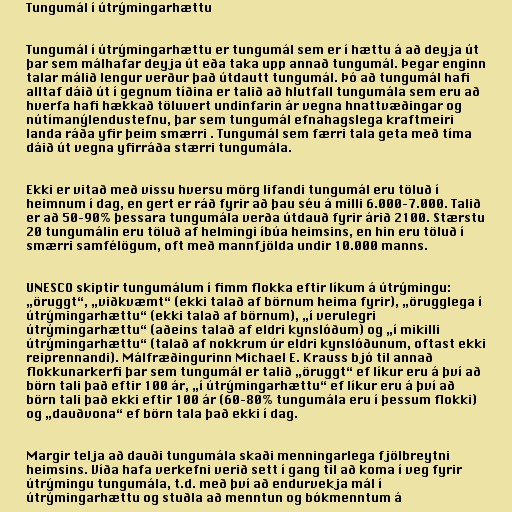
Tungumál í útrýmingarhættu

Tungumál í útrýmingarhættu er tungumál sem er í hættu á að deyja út
þar sem málhafar deyja út eða taka upp annað tungumál. Þegar enginn
talar málið lengur verður það útdautt tungumál. Þó að tungumál hafi
alltaf dáið út í gegnum tíðina er talið að hlutfall tungumála sem eru að
hverfa hafi hækkað töluvert undinfarin ár vegna hnattvæðingar og
nútímanýlendustefnu, þar sem tungumál efnahagslega kraftmeiri
landa ráða yfir þeim smærri . Tungumál sem færri tala geta með tíma
dáið út vegna yfirráða stærri tungumála.

Ekki er vitað með vissu hversu mörg lifandi tungumál eru töluð í
heimnum í dag, en gert er ráð fyrir að þau séu á milli 6.000–7.000. Talið
er að 50–90% þessara tungumála verða útdauð fyrir árið 2100. Stærstu
20 tungumálin eru töluð af helmingi íbúa heimsins, en hin eru töluð í
smærri samfélögum, oft með mannfjölda undir 10.000 manns.

UNESCO skiptir tungumálum í fimm flokka eftir líkum á útrýmingu:
„öruggt“, „viðkvæmt“ (ekki talað af börnum heima fyrir), „örugglega í
útrýmingarhættu“ (ekki talað af börnum), „í verulegri
útrýmingarhættu“ (aðeins talað af eldri kynslóðum) og „í mikilli
útrýmingarhættu“ (talað af nokkrum úr eldri kynslóðunum, oftast ekki
reiprennandi). Málfræðingurinn Michael E. Krauss bjó til annað
flokkunarkerfi þar sem tungumál er talið „öruggt“ ef líkur eru á því að
börn tali það eftir 100 ár, „í útrýmingarhættu“ ef líkur eru á því að
börn tali það ekki eftir 100 ár (60–80% tungumála eru í þessum flokki)
og „dauðvona“ ef börn tala það ekki í dag.

Margir telja að dauði tungumála skaði menningarlega fjölbreytni
heimsins. Víða hafa verkefni verið sett í gang til að koma í veg fyrir
útrýmingu tungumála, t.d. með því að endurvekja mál í
útrýmingarhættu og stuðla að menntun og bókmenntum á